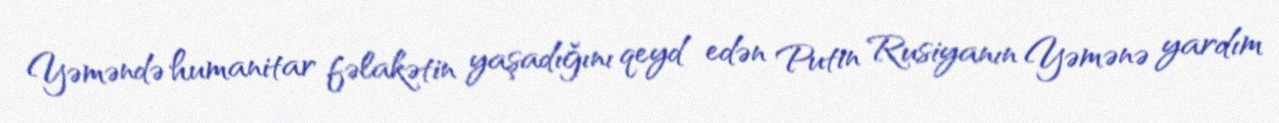
Yəməndə humanitar fəlakətin yaşadığını qeyd edən Putin Rusiyanın Yəmənə yardım